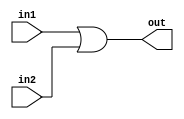
`timescale 1ns / 1ps
//////////////////////////////////////////////////////////////////////////////////
// Company: 
// Engineer: 
// 
// Design Name: 
// Module Name:    OR 
// Project Name: 
// Target Devices: 
// Tool versions: 
// Description: 
//
// Dependencies: 
//
// Revision: 
// Revision 0.01 - File Created
// Additional Comments: 
//
//////////////////////////////////////////////////////////////////////////////////
module OR(in1,in2,out
    );
input in1,in2;
output out;
assign out=in1|in2;


endmodule